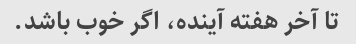
تا آخر هفته آینده، اگر خوب باشد.